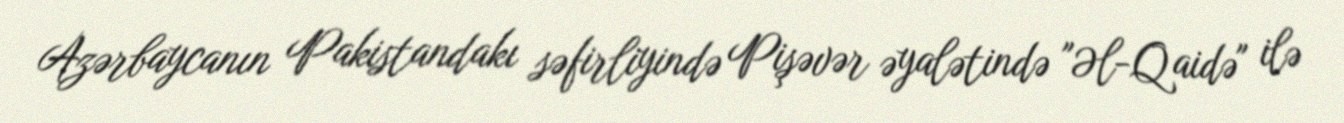
Azərbaycanın Pakistandakı səfirliyində Pişəvər əyalətində "Əl-Qaidə" ilə